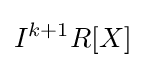
I^{k+1}R[X]